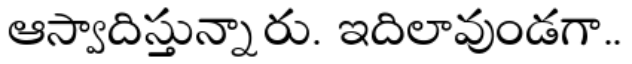
ఆస్వాదిస్తున్నారు. ఇదిలావుండగా..